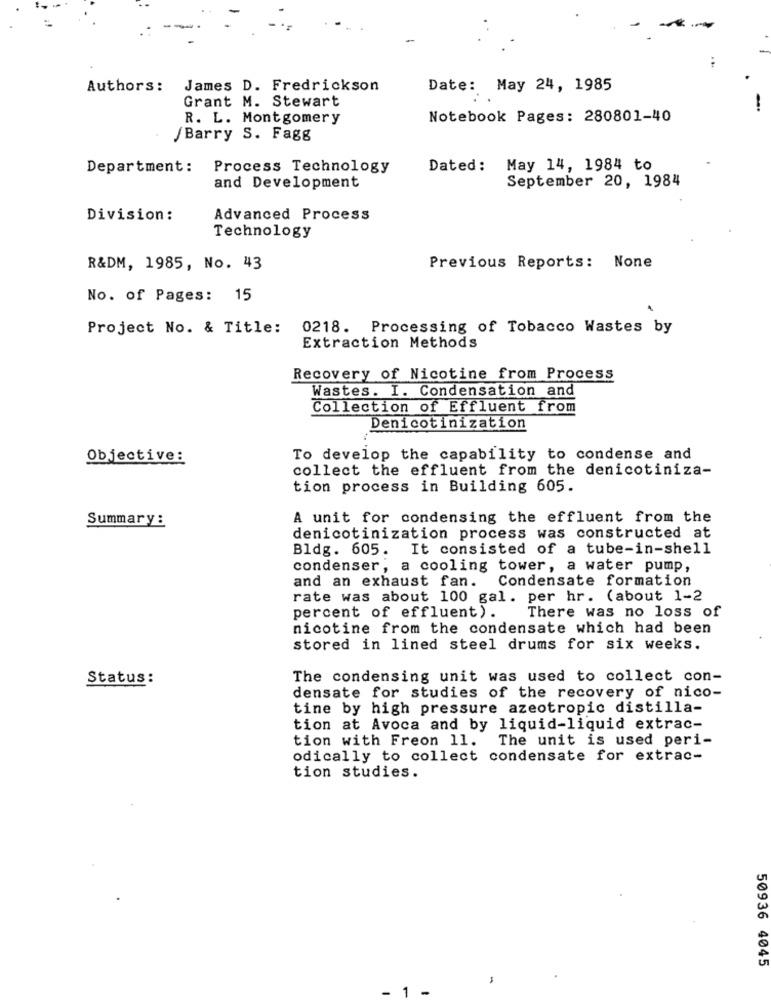
. ..
Authors:
James D. Fredrickson
Date: May 24, 1985
Grant M. Stewart
R. L. Montgomery
Notebook Pages: 280801-40
/Barry S. Fagg
Department: Process Technology
Dated: May 14, 1984 to
September 20, 1984
and Development
Division :
Advanced Process
Technology
R&DM, 1985, No. 43
Previous Reports: None
No. of Pages: 15
Project No. & Title: 0218. Processing of Tobacco Wastes by
Extraction Methods
Recovery of Nicotine from Process
Wastes. I. Condensation and
Collection of Effluent from
Denicotinization
Objective:
To develop the capability to condense and
collect the effluent from the denicotiniza-
tion process in Building 605.
A unit for condensing the effluent from the
Summary :
denicotinization process was constructed at
Bldg. 605. It consisted of a tube-in-shell
condenser, a cooling tower, a water pump,
Condensate formation
and an exhaust fan.
rate was about 100 gal. per hr. (about 1-2
percent of effluent).
There was no loss of
nicotine from the condensate which had been
stored in lined steel drums for six weeks.
Status:
The condensing unit was used to collect con-
densate for studies of the recovery of nico-
tine by high pressure azeotropic distilla-
tion at Avoca and by liquid-liquid extrac-
tion with Freon 11.
The unit is used peri-
odically to collect condensate for extrac-
tion studies.
50936 4045